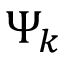
\Psi _ { k }